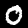
Digit: 0